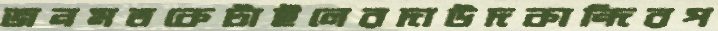
জনমতকেটাইলেরদাউদকান্দিরপ